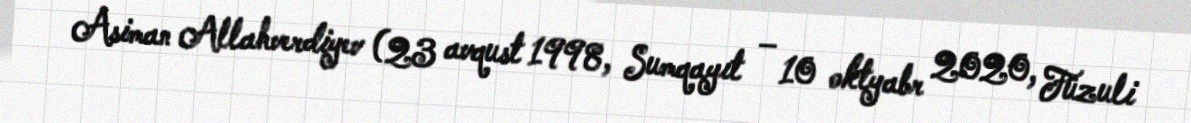
Asiman Allahverdiyev (23 avqust 1998, Sumqayıt – 10 oktyabr 2020, Füzuli